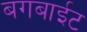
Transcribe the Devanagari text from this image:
बगबाईट